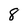
Character: 8